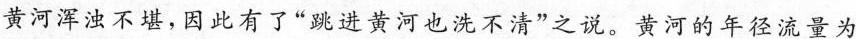
黄河浑浊不堪，因此有了“进黄河也洗不清”之说。黄河的年径流量为